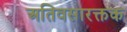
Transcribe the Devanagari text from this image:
अतिवसारक्तक